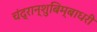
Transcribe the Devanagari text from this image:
चंद्रान्शुबिम्बाधरी